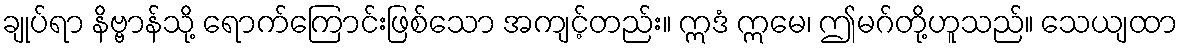
ချုပ်ရာ နိဗ္ဗာန်သို့ ရောက်ကြောင်းဖြစ်သော အကျင့်တည်း။ ဣဒံ ဣမေ၊ ဤမဂ်တို့ဟူသည်။ သေယျထာ